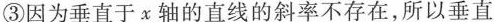
③因为垂直于x轴的直线的斜率不存在，所以垂直